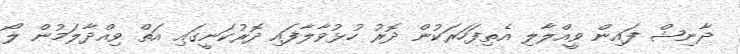
ދާނިޝް ފައިން ވީއްލާލި އެތިފަހަރަކުން ދޮރު ހުޅުވާލާފައި ދޮރުކަނީގައި އަތް ވިއްދާލަމުން ލޯ